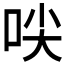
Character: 𱒜